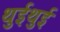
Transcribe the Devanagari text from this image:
थुईथुई